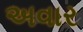
અવાર